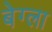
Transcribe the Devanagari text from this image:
बेग्ला